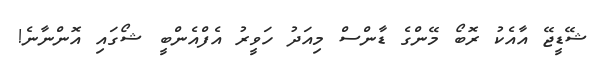
ޝޭޑީޖޭ އާއެކު ރޮބޯ މޭންގެ ޑާންސް މިއަދު ހަވީރު އެފްއެންބީ ޝޯގައި އޮންނާނެ!